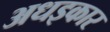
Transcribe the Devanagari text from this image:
अधइकार